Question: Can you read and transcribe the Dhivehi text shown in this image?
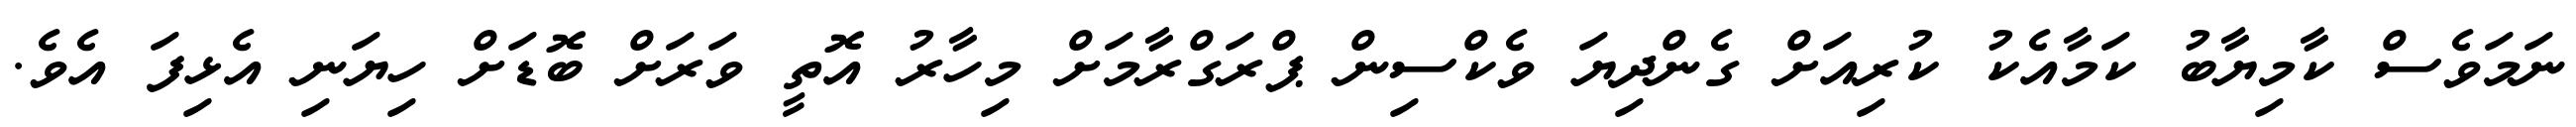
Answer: ނަމަވެސް ކާމިޔާބު ކަމާއެކު ކުރިއަށް ގެންދިޔަ ވެކްސިން ޕްރަގްރާމަށް މިހާރު އޮތީ ވަރަށް ބޮޑަށް ހިޔަނި އެޅިފަ އެވެ.